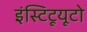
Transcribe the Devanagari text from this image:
इंस्टिटूयूटो